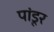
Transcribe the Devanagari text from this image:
पांडूर